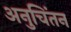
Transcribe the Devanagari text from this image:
अनुचिंतन